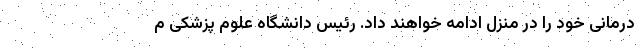
درمانی خود را در منزل ادامه خواهند داد. رئیس دانشگاه علوم پزشکی م